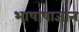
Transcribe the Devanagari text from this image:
भाषाषाज्ञान